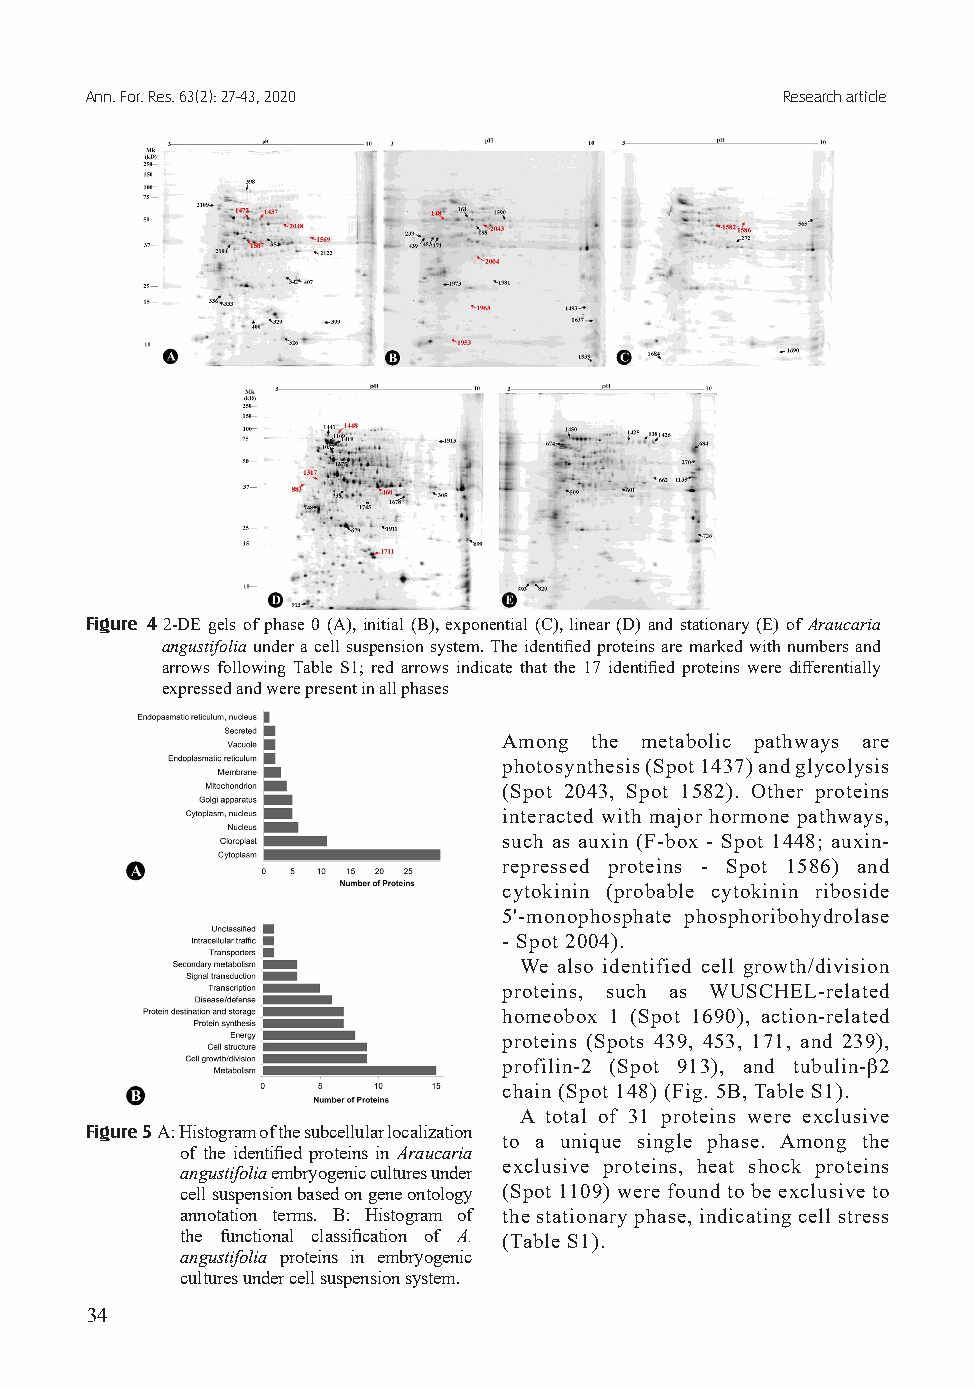
Ann. For. Res. 63(2): 27-43, 2020             Research article
 Figure 4 2-DE gels of phase 0 (A), initial (B), exponential (C), linear (D) and stationary (E) of Araucaria
 angustifolia under a cell suspension system. The identified proteins are marked with numbers and
 arrows following Table S1; red arrows indicate that the 17 identified proteins were differentially
 expressed and were present in all phases
 Among the metabolic pathways are
 photosynthesis (Spot 1437) and glycolysis
 (Spot 2043, Spot 1582). Other proteins
 interacted with major hormone pathways,
 such as auxin (F-box - Spot 1448; auxin-
 repressed proteins - Spot 1586) and
 cytokinin (probable cytokinin riboside
 5'-monophosphate phosphoribohydrolase
 - Spot 2004).
 We also identified cell growth/division
 proteins, such as WUSCHEL-related
 homeobox 1 (Spot 1690), action-related
 proteins (Spots 439, 453, 171, and 239),
 profilin-2 (Spot 913), and tubulin-β2
 chain (Spot 148) (Fig. 5B, Table S1).
 A total of 31 proteins were exclusive
 Figure 5 A: Histogram of the subcellular localization
 to a unique single phase. Among the
 of the identified proteins in Araucaria
 exclusive proteins, heat shock proteins
 angustifolia embryogenic cultures under
 cell suspension based on gene ontology (Spot 1109) were found to be exclusive to
 annotation terms. B: Histogram of the stationary phase, indicating cell stress
 the functional classification of A. (Table S1).
 angustifolia proteins in embryogenic
 cultures under cell suspension system.
 34